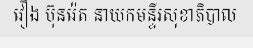
វឿង ប៊ុនរ៉េត នាយកមន្ទីរសុខាភិបាល